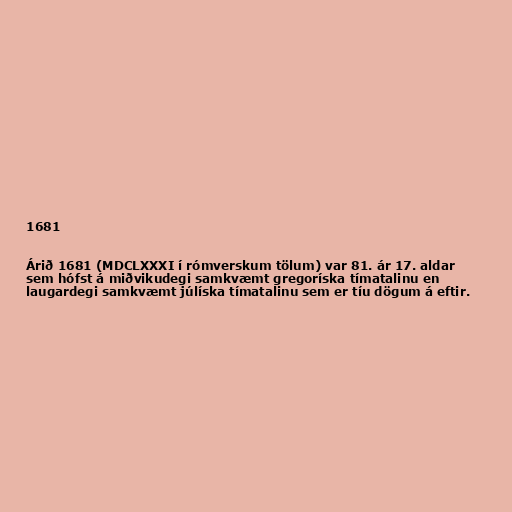
1681

Árið 1681 (MDCLXXXI í rómverskum tölum) var 81. ár 17. aldar
sem hófst á miðvikudegi samkvæmt gregoríska tímatalinu en
laugardegi samkvæmt júlíska tímatalinu sem er tíu dögum á eftir.